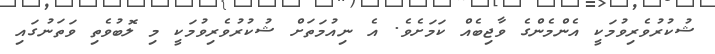
ޝުކުރުވެރިވުމަކީ އެންމެންގެ ވާޖިބެއް ކަމަށެވެ. އެ ނިއުމަތަށް ޝުކުރުވެރިވުމަކީ މި ލޮބުވެތި ވަތަނުގައި